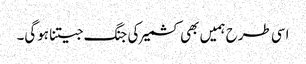
اسی طرح ہمیں بھی کشمیر کی جنگ جیتنا ہوگی۔